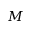
M